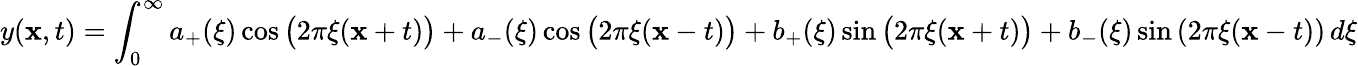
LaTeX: y(\mathbf{x},t)=\int_{0}^{\infty}a_{+}(\xi)\cos{\bigl(}2\pi\xi(\mathbf{x}+t){\bigr)}+a_{-}(\xi)\cos{\bigl(}2\pi\xi(\mathbf{x}-t){\bigr)}+b_{+}(\xi)\sin{\bigl(}2\pi\xi(\mathbf{x}+t){\bigr)}+b_{-}(\xi)\sin\left(2\pi\xi(\mathbf{x}-t)\right)\, d\xi